Vaccination North-Western Provinces and Oudh 1878-1895 - 1878-1895
Year: 1878
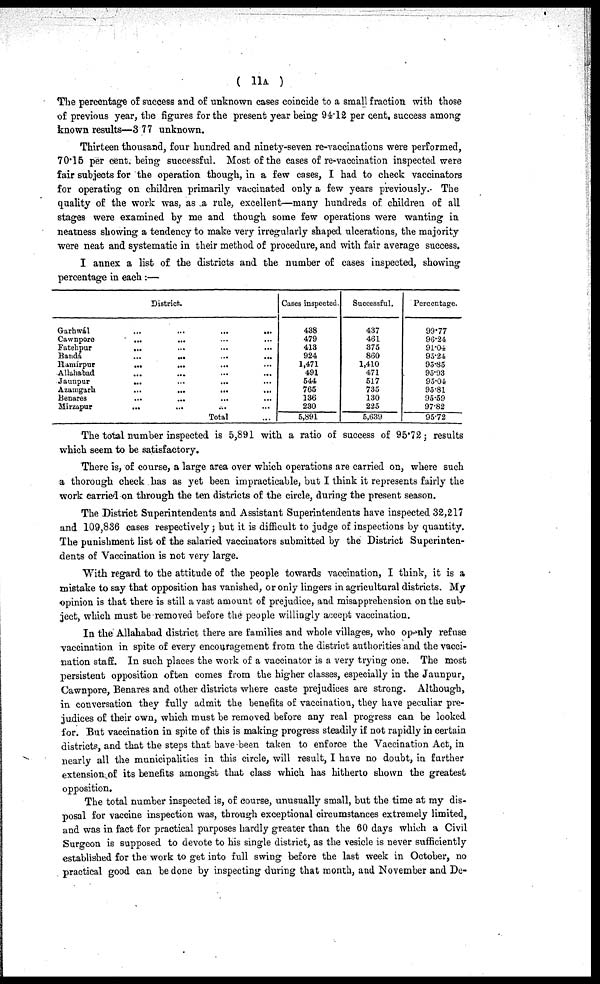
( 11A )
The percentage of success and of unknown cases coincide to a small fraction with those
of previous year, the figures for the present year being 94.12 per cent success among
known results—377 unknown.
Thirteen thousand, four hundred and ninety-seven re-vaccinations were performed,
70.15 per cent. being successful. Most of the cases of re-vaccination inspected were
fair subjects for the operation though, in a few cases, I had to check vaccinators
for operating on children primarily vaccinated only a few years previously. The
quality of the work was, as a rule, excellent—many hundreds of children of all
stages were examined by me and though some few operations were wanting in
neatness showing a tendency to make very irregularly shaped ulcerations, the majority
were neat and systematic in their method of procedure, and with fair average success.
I annex a list of the districts and the number of cases inspected, showing
percentage in each :—
District..
Garhwál
...
...
...
...
Cawnpore
...
...
Fatehpur
...
Bandá
...
...
...
...
Hamirpur
...
...
Allahabad
Jaunpur
...
...
...
...
Azamgarh
...
...
...
Benares
...
...
...
Mirzapur
...
Total ...
Cases inspected.
438
479
413
924
1,471
491
544
765
136
230
5,891
Successful.
437
461
375
860
1,410
471
517
735
130
225
5,639
Percentage.
99.77
96.24
91.04
95.24
95.85
95.93
95.04
95.81
95.59
97.82
95.72
The total number inspected is 5,891 with a ratio of success of 95.72; results
which seem to be satisfactory.
There is, of course, a large area over which operations are carried on, where such
a thorough check has as yet been impracticable, but I think it represents fairly the
work carried on through the ten districts of the circle, during the present season.
The District Superintendents and Assistant Superintendents have inspected 32,217
and 109,836 cases respectively; but it is difficult to judge of inspections by quantity.
The punishment list of the salaried vaccinators submitted by the District Superinten-
dents of Vaccination is not very large.
With regard to the attitude of the people towards vaccination, I think, it is a
mistake to say that opposition has vanished, or only lingers in agricultural districts. My
opinion is that there is still a vast amount of prejudice, and misapprehension on the sub-
ject, which must be removed before the people willingly accept vaccination.
In the Allahabad district there are families and whole villages, who openly refuse
vaccination in spite of every encouragement from the district authorities and the vacci-
nation staff. In such places the work of a vaccinator is a very trying one. The most
persistent opposition often comes from the higher classes, especially in the Jaunpur,
Cawnpore, Benares and other districts where caste prejudices are strong. Although,
in conversation they fully admit the benefits of vaccination, they have peculiar pre-
judices of their own, which must be removed before any real progress can be looked
for. But vaccination in spite of this is making progress steadily if not rapidly in certain
districts, and that the steps that have been taken to enforce the Vaccination Act, in
nearly all the municipalities in this circle, will result, I have no doubt, in further
extension of its benefits amongst that class which has hitherto shown the greatest
opposition.
The total number inspected is, of course, unusually small, but the time at my dis-
posal for vaccine inspection was, through exceptional circumstances extremely limited,
and was in fact for practical purposes hardly greater than the 60 days which a Civil
Surgeon is supposed to devote to his single district, as the vesicle is never sufficiently
established for the work to get into full swing before the last week in October, no
practical good can be done by inspecting during that month, and November and De-